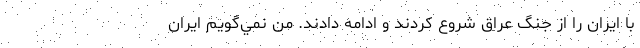
با ايران را از جنگ عراق شروع كردند و ادامه دادند. من نمي‌گويم ايران